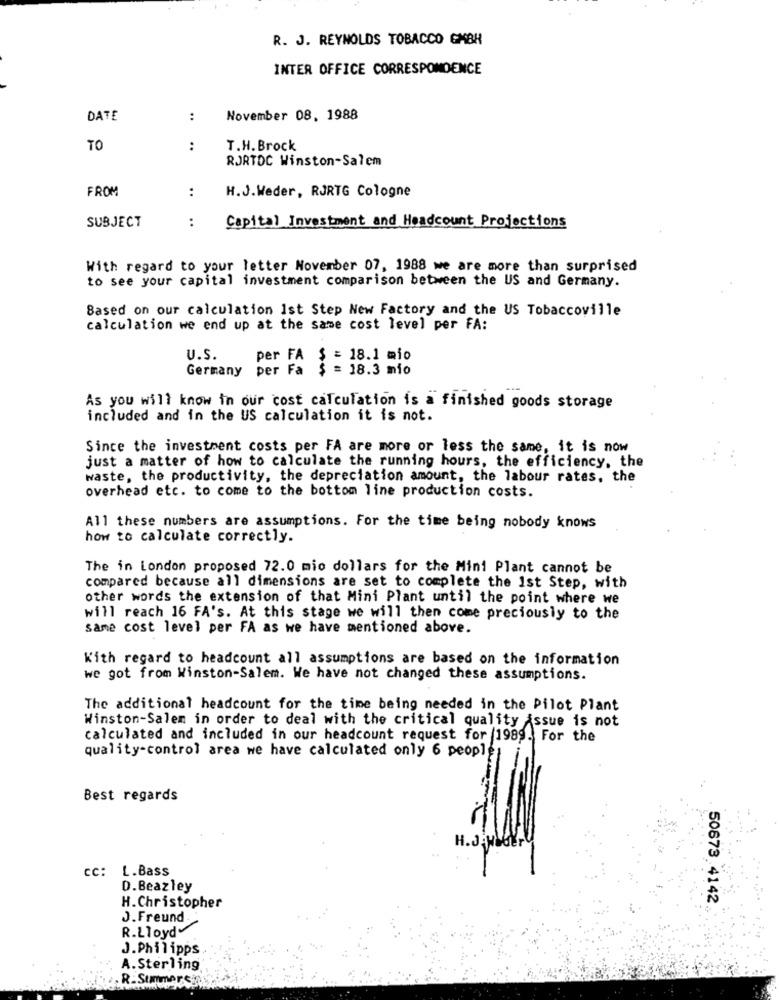
R. J. REYNOLDS TOBACCO GMBH
INTER OFFICE CORRESPONDENCE
DATE
:
November 08, 1988
TO
:
T.H. Brock
RORTDC Winston-Salem
FROM
:
H.J.Weder, RJRTG Cologne
:
SUBJECT
Capital Investment and Headcount Projections
With regard to your letter November 07, 1988 we are more than surprised
to see your capital investment comparison between the US and Germany.
Based on our calculation Ist Step New Factory and the US Tobaccoville
calculation we end up at the same cost level per FA:
U.S.
per FA $ = 18.1 mio
Germany
per Fa $ = 18.3 mio
As you will know in our cost calculation is a finished goods storage
included and in the US calculation it is not.
Since the investment costs per FA are more or less the same, it is now
just a matter of how to calculate the running hours, the efficiency, the
waste, the productivity, the depreciation amount, the labour rates, the
overhead etc. to come to the bottom line production costs.
All these numbers are assumptions. For the time being nobody knows
how to calculate correctly.
The in London proposed 72.0 mio dollars for the Mini Plant cannot be
compared because all dimensions are set to complete the 1st Step, with
other words the extension of that Mini Plant until the point where we
will reach 16 FA's. At this stage we will then come preciously to the
same cost level per FA as we have mentioned above.
Kith regard to headcount all assumptions are based on the information
we got from Winston-Salem. We have not changed these assumptions.
The additional headcount for the time being needed in the Pilot Plant
Winston-Salem in order to deal with the critical quality issue is not
calculated and included in our headcount request for 1989. For the
quality-control area we have calculated only 6 peop]
Best regards
H.J
cc:
L.Bass
D.Beazley
50873.4142
H.Christopher
J.Freund
R.LloydY
J.Philipps
A.Sterling